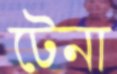
টেনা